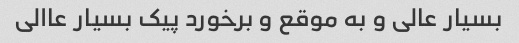
بسیار عالی و به موقع و برخورد پیک بسیار عاالی